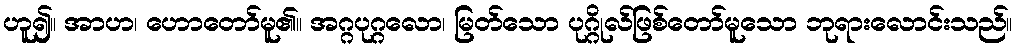
ဟူ၍။ အာဟ၊ ဟောတော်မူ၏။ အဂ္ဂပုဂ္ဂလော၊ မြတ်သော ပုဂ္ဂိုလ်ဖြစ်တော်မူသော ဘုရားလောင်းသည်။